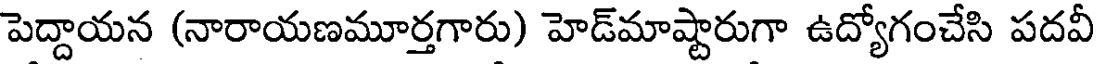
పెద్దాయన (నారాయణమూర్తగారు) హెడ్మాష్టారుగా ఉద్యోగంచేసి పదవీ